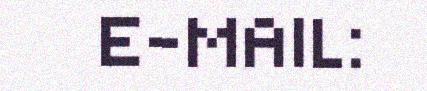
E-MAIL: